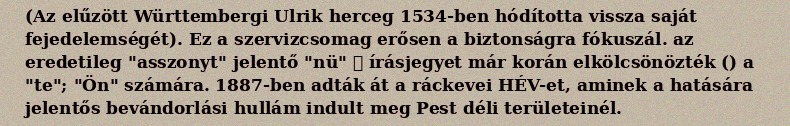
(Az elűzött Württembergi Ulrik herceg 1534-ben hódította vissza saját fejedelemségét). Ez a szervizcsomag erősen a biztonságra fókuszál. az eredetileg "asszonyt" jelentő "nü" 女 írásjegyet már korán elkölcsönözték () a "te"; "Ön" számára. 1887-ben adták át a ráckevei HÉV-et, aminek a hatására jelentős bevándorlási hullám indult meg Pest déli területeinél.